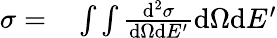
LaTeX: \begin{array}{rl}{\sigma=}&{{}\int\int\frac{\mathrm{d}^{2}\sigma}{\mathrm{d}\Omega\mathrm{d}E^{\prime}}\mathrm{d}\Omega\mathrm{d}E^{\prime}}\end{array}